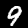
Label: 9